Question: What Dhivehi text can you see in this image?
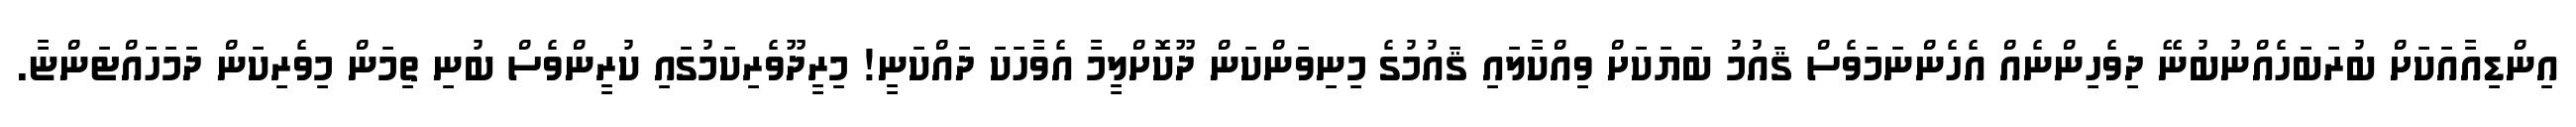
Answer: އިންޑިއާއަކަށް ބުރަބަހެއްނުބުނޭ ދިވެހިންނެއް އެހެންނަމަވެސް ޤައުމު ބަޔަކަށް ވިއްކާލައި ޤައުމުގެ މިނިވަންކަން ދޫކޮށްލީމާ އެވާހަކަ ދައްކަނީ! މިރީދޫވެރިކަމުގައި ކުރީންވެސް ބުނި ތިމަން މިވެރިކަން ދަމަހައްޓަންޏާ.